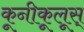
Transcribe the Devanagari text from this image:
कूनीकूलूस्